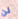
لن